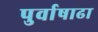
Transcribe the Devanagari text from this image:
पुर्वाषाढा